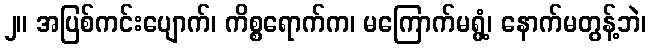
၂။ အပြစ်ကင်းပျောက်၊ ကိစ္စရောက်က၊ မကြောက်မရွံ့၊ နောက်မတွန့်ဘဲ၊